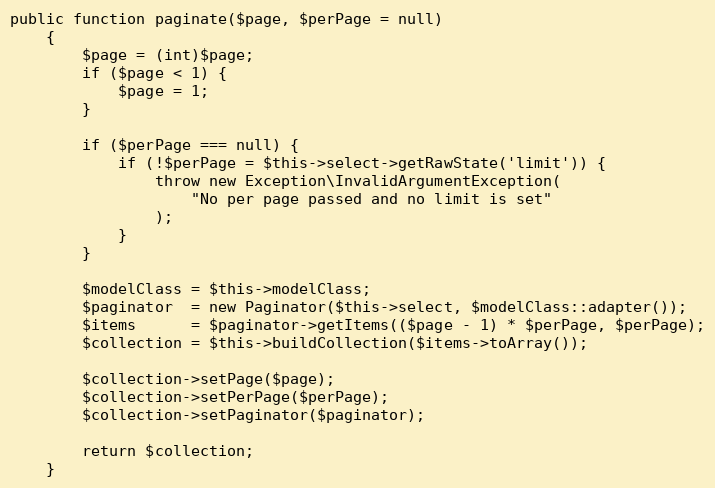
Language: PHP
public function paginate($page, $perPage = null)
    {
        $page = (int)$page;
        if ($page < 1) {
            $page = 1;
        }

        if ($perPage === null) {
            if (!$perPage = $this->select->getRawState('limit')) {
                throw new Exception\InvalidArgumentException(
                    "No per page passed and no limit is set"
                );
            }
        }

        $modelClass = $this->modelClass;
        $paginator  = new Paginator($this->select, $modelClass::adapter());
        $items      = $paginator->getItems(($page - 1) * $perPage, $perPage);
        $collection = $this->buildCollection($items->toArray());

        $collection->setPage($page);
        $collection->setPerPage($perPage);
        $collection->setPaginator($paginator);

        return $collection;
    }